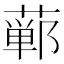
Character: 𫟕